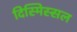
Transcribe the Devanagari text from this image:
दिस्मिस्सल